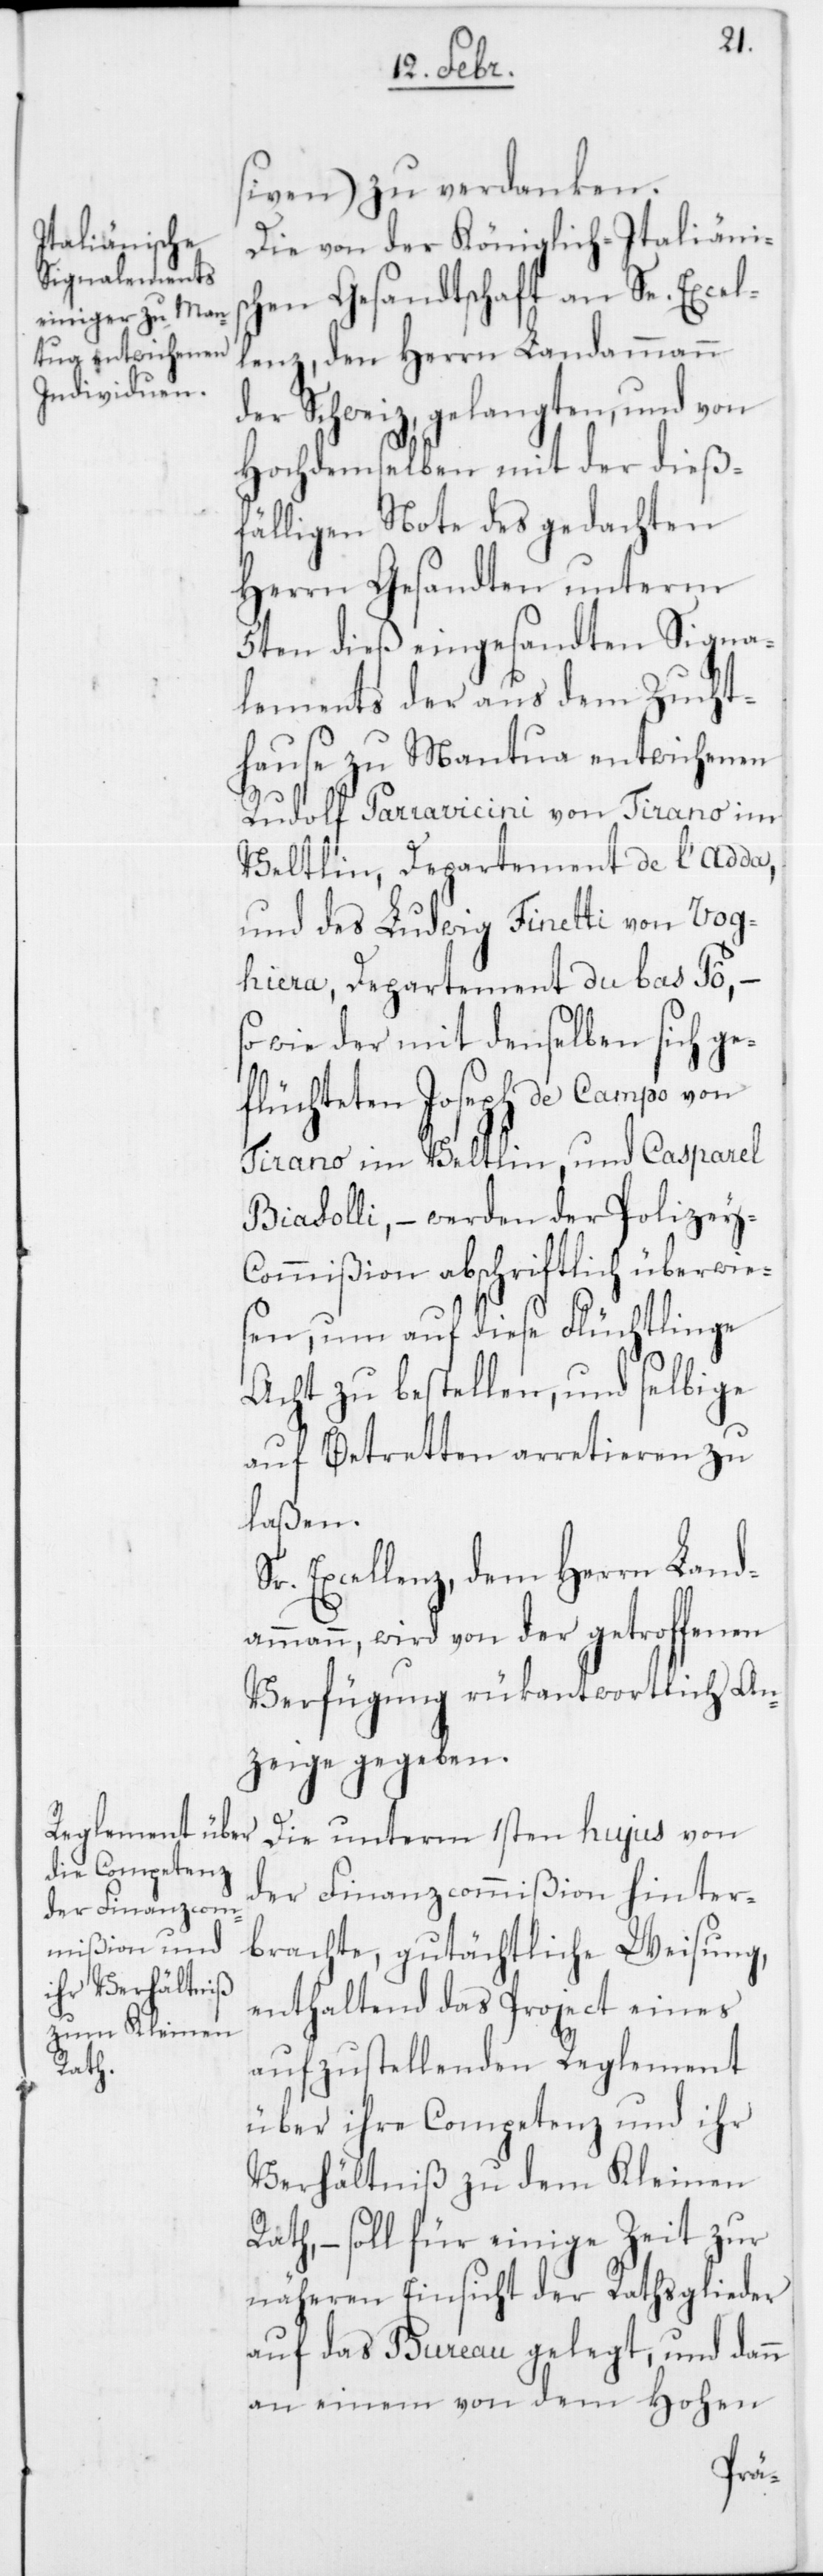
S¬

Rath,

siven) zu verdanken.
Die von der Königlich-Italiänisc¬
hen Gesandtschaft an Se. Excel¬
lenz, den Herrn Landammann
der Schweiz, gelangten, und von
Hochdemselben mit der dieß¬
fälligen Note des gedachten
Herrn Gesandten unterm
5ten dieß eingesandten Signa¬
lements der aus dem Zucht¬
hause zu Mantua entwichenen
Rudolf Parravicini von Tirano im
Veltlin, Departement de l’Adda,
und des Ludwig Finetti von Vog¬
hiera, Departement du bas Pô, –
wie der mit denselben sich ge¬
flüchteten Joseph de Campo von
Tirano im Veltlin, und Casparel
Biasolli, – werden der Polizey-C¬
ommißion abschriftlich überwies¬
en, um auf diese Flüchtlinge
Acht zu bestellen, und selbige
auf Betretten arretieren zu
laßen.
r. Excellenz, dem Herrn Land¬
ammann, wird von der getroffenen
Verfügung rükantwortlich An¬
zeige gegeben.
Die unterm 1sten hujus von
der Finanzcommißion hinter¬
brachte, gutächtliche Weisung,
enthaltend das Project eines
aufzustellenden Reglement
über ihre Competenz und ihr
Verhältniß zu dem Kleinen
– soll für einige Zeit zur
näheren Einsicht der Rathsglieder
auf das Bureau gelegt, und dann
an einem von dem Hohen